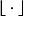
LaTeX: \lfloor { } \cdot { } \rfloor